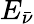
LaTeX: E_{\bar{\nu}}